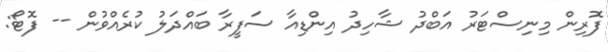
ފޮރިން މިނިސްޓަރު އަބްދު ޝާހިދު އިންޑިއާ ސަފީރާ ބައްދަލު ކުރެއްވުން -- ފޮޓޯ: